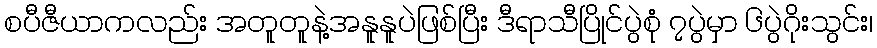
စပီဇီယာကလည်း အတူတူနဲ့အနူနူပဲဖြစ်ပြီး ဒီရာသီပြိုင်ပွဲစုံ ၇ပွဲမှာ ၆ပွဲဂိုးသွင်း၊